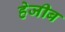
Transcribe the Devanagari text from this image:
हेजीब